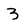
Character: 3